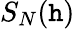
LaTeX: S_{N}(\mathtt{h})